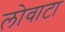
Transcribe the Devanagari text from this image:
लोवाटा